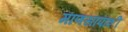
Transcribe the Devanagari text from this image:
माणसापाशी